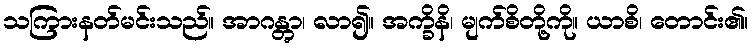
သကြားနတ်မင်းသည်။ အာဂန္တွာ၊ လာ၍။ အက္ခိနိ၊ မျက်စိတို့ကို။ ယာစိ၊ တောင်း၏။